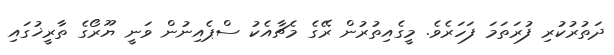
ދަތުރުކުރި ފުރަތަމަ ފަހަރެވެ. މީގެއިތުރުން ރޭގެ މެޗާއެކު ސްޕެއިނުން ވަނީ ޔޫރޯގެ ތާރީޚުގައި